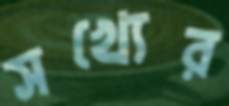
সখ্যের